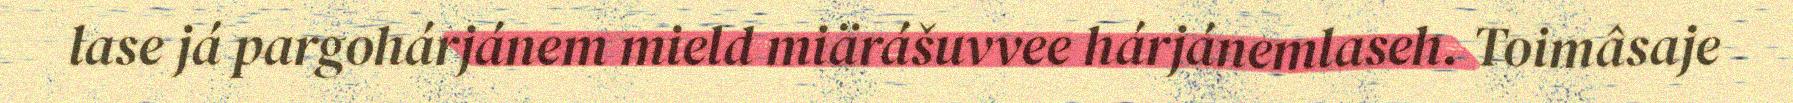
lase já pargohárjánem mield miärášuvvee hárjánemlaseh. Toimâsaje